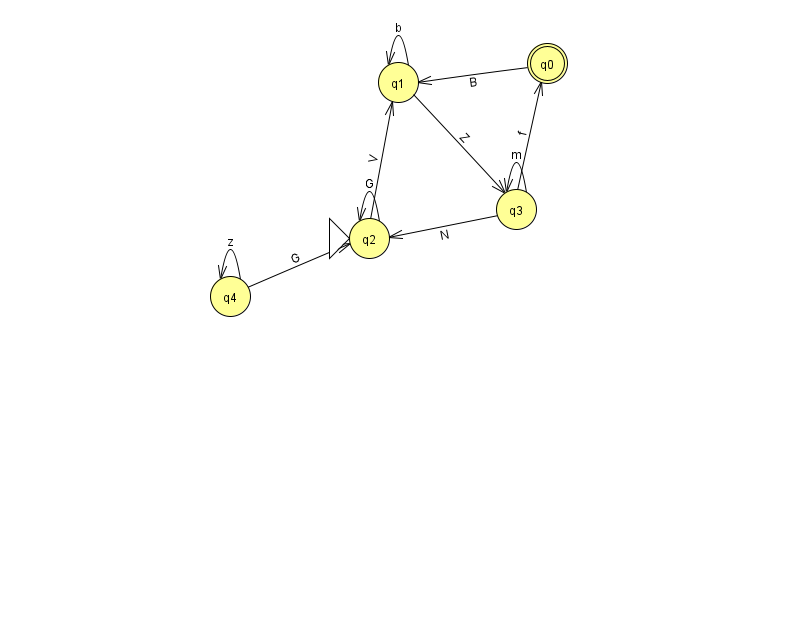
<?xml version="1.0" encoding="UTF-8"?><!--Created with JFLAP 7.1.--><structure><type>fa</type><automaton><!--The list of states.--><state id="0" name="q0"><x>547.0</x><y>50.0</y><final/></state><state id="1" name="q1"><x>398.0</x><y>69.0</y></state><state id="2" name="q2"><x>369.0</x><y>225.0</y><initial/></state><state id="3" name="q3"><x>516.0</x><y>196.0</y></state><state id="4" name="q4"><x>230.0</x><y>283.0</y></state><!--The list of transitions.--><transition><from>1</from><to>1</to><read>b</read></transition><transition><from>3</from><to>2</to><read>N</read></transition><transition><from>4</from><to>2</to><read>G</read></transition><transition><from>3</from><to>0</to><read>f</read></transition><transition><from>0</from><to>1</to><read>B</read></transition><transition><from>2</from><to>2</to><read>G</read></transition><transition><from>1</from><to>3</to><read>Z</read></transition><transition><from>2</from><to>1</to><read>V</read></transition><transition><from>4</from><to>4</to><read>z</read></transition><transition><from>3</from><to>3</to><read>m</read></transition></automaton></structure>